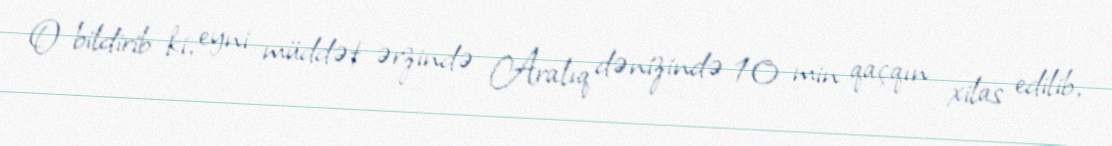
O bildirib ki, eyni müddət ərzində Aralıq dənizində 10 min qaçqın xilas edilib,